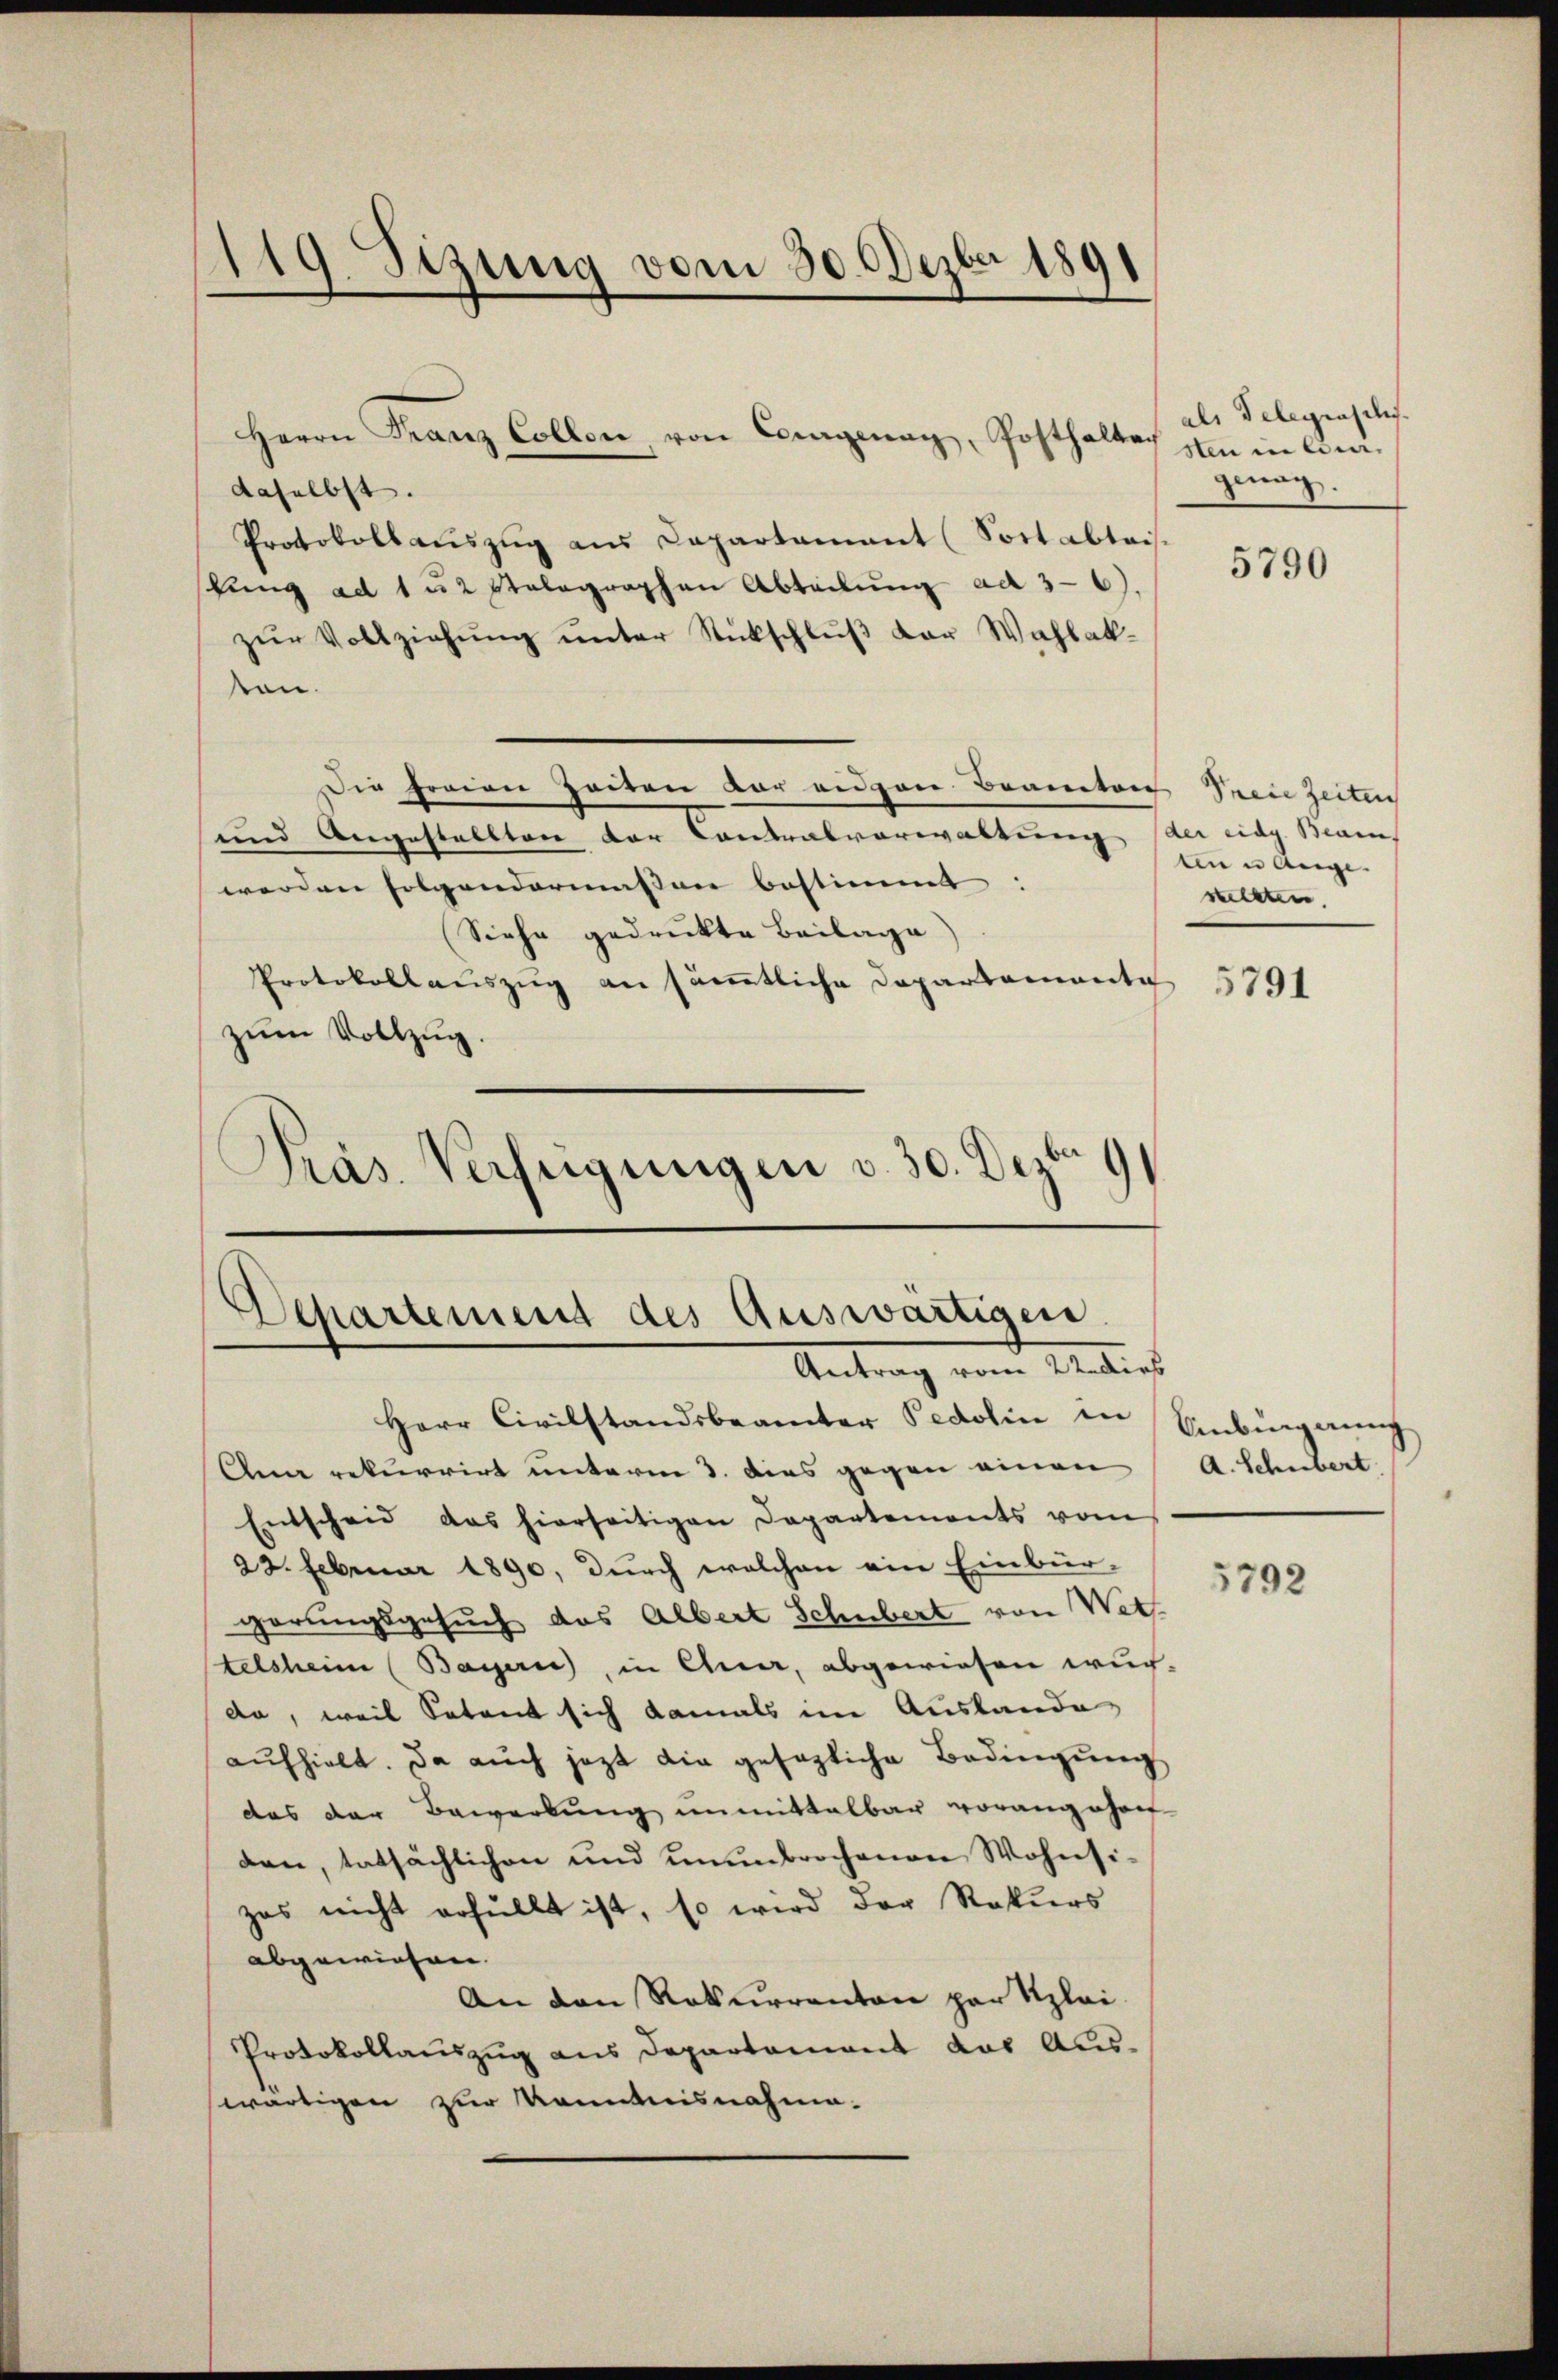
daselbst.
Protokollaŭszŭg ans Capartament (Sort abtais-
stung ad 1 u 2 stolographen Abteilung ad 36).
zŭr Vollziehŭng ŭnter Stückschlŭβ der Wahlak-
von.
Die freien Zeiten vor eigen Branton Seeie Zeiten
und Angestellten der Contralverwaltung der eidg. Main
werden folgendermassen bestimmt |
Siehe gedruckte Beilage
Protokollauszug an sämmtliche Departemente
zŭm Vollzug.
Präs. Verfügungen v. 30. Dezberg

119 Sizung vom 30. Dezbr 1891

Herrn Franz Collen, von Cargenay, Posthalter

Departement des Auswärtigen
Antrag von Antisch

Herr Civilstandsbeamter Pedolin in Einburgung
Ana rekurrirt unterm 3. dies gegen einen
Entscheid das hierseitigen Departements vom
22. Februar 1890, durch welchen ein Einbür-
görungsgesuch das Albert Schubert von Wett
telsheim (Bayern), in Chur, abgewiesen wur-
da, weil Sotant sich damals im Auslande
aufhielt. Da auch jezt die gesezliche Bedingung
das der Bewerbung unmittelbar vorangehen
den, tatsächlichen und unenbrochenen Wohnsizas nicht erfüllt ist, so wird der Rekurs
abgewiesen.
An den Rekurrenton par Klei¬
Protokollauszug aus Departement das Auswärtigen zur Kenntnisnahme.

als Delegraschi
sten in Cirgenug.

5790

tinn Auge.
stellten.

5791

A. Schubert

5792